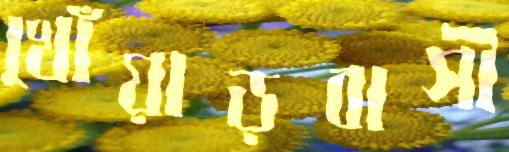
খোঁয়াড়বাসী